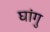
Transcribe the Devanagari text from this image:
घांगु